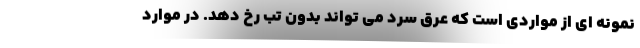
نمونه ای از مواردی است که عرق سرد می تواند بدون تب رخ دهد. در موارد